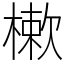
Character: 樕